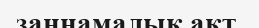
заңнамалық акт.